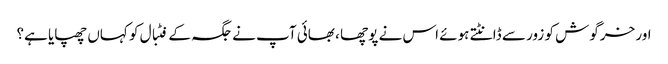
اور خرگوش کو زور سے ڈانٹتے ہوئے اس نے پوچھا ، بھائی آپ نے جگہ کے فٹبال کو کہاں چھپایا ہے؟